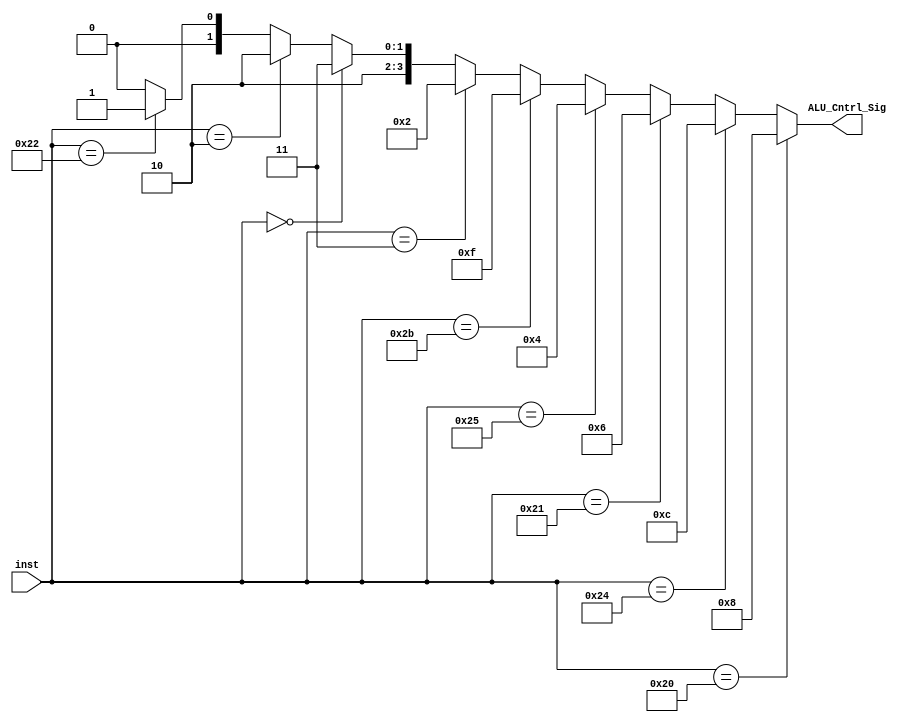
module Alu_Cntrl(inst,ALU_Cntrl_Sig);

input wire [5:0] inst;
output wire [3:0] ALU_Cntrl_Sig;

assign ALU_Cntrl_Sig = 
(inst == 6'b100000) ? 4'b1000:// add
(inst == 6'b100100) ? 4'b1100:// and
(inst == 6'b100001) ? 4'b0110:// addu 
(inst == 6'b100101) ? 4'b0100: //or
(inst == 6'b101011) ? 4'b1111://sltu 
(inst == 6'b000011) ? 4'b0010: //sra
(inst == 6'b000000) ? 4'b1011: //sll
(inst == 6'b000010) ? 4'b1010: //srl
(inst == 6'b100010) ? 4'b1001: 4'b1000; //sub aksi halde add yapacak
endmodule